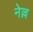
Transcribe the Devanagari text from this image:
नेल्ल